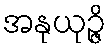
အနုယုဉ္ဇိ